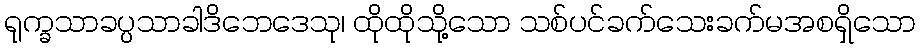
ရုက္ခသာခပ္ပသာခါဒိဘေဒေသု၊ ထိုထိုသို့သော သစ်ပင်ခက်သေးခက်မအစရှိသော